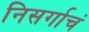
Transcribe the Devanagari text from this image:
निसर्गाचं